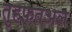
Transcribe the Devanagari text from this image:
तुहफ़तअल